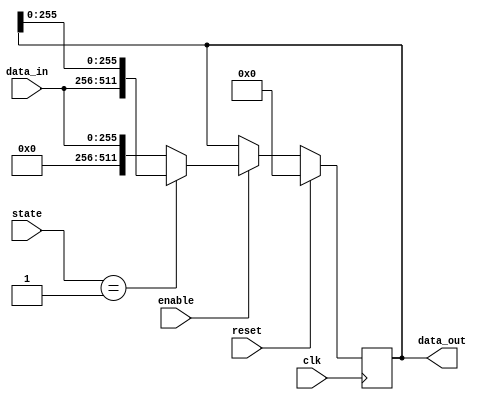
module shift_reg_512bits(
	clk, 
	reset, 
	state, 
	enable, 
	data_in, 
	data_out
);

input 	clk, reset, enable;
input 	[2:0]	state;
input 	[255:0]	data_in;
output 	[511:0]	data_out;

reg 	[511:0]	data_out_reg;

always @(posedge clk)
begin
	if(reset)
	begin
		data_out_reg <= 512'd0;
	end

	else
	if(enable)
	begin
		if(state == 3'd1)
			data_out_reg <= {data_in, data_out_reg[255:0]};
		else
			data_out_reg <= {256'd0, data_in};
	end
	else
	begin
		data_out_reg <= data_out_reg;
	end
end 

assign data_out = data_out_reg;

endmodule